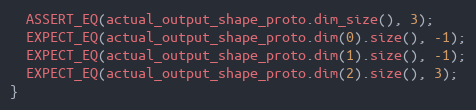
Language: C++
  ASSERT_EQ(actual_output_shape_proto.dim_size(), 3);
  EXPECT_EQ(actual_output_shape_proto.dim(0).size(), -1);
  EXPECT_EQ(actual_output_shape_proto.dim(1).size(), -1);
  EXPECT_EQ(actual_output_shape_proto.dim(2).size(), 3);
}